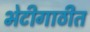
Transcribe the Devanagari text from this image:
भेटीगाठीत